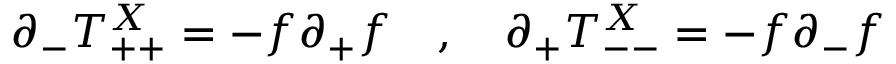
\partial _ { - } T _ { + + } ^ { X } = - f \partial _ { + } f \ \ \ , \ \ \ \partial _ { + } T _ { -- } ^ { X } = - f \partial _ { - } f